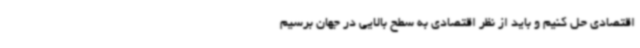
اقتصادی حل کنیم و باید از نظر اقتصادی به سطح بالایی در جهان برسیم